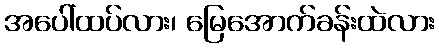
အပေါ်ထပ်လား၊ မြေအောက်ခန်းထဲလား